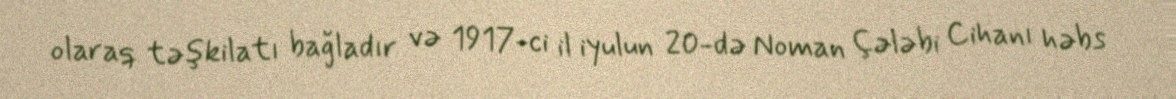
olaraq təşkilatı bağladır və 1917-ci il iyulun 20-də Noman Çələbi Cihanı həbs